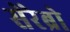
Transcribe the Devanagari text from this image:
सेरेब्रो